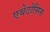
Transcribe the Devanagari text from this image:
एथेटोसिस